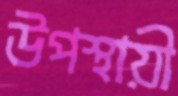
উপস্থায়ী